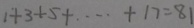
1 + 3 + 5 + \cdots + 1 7 = 8 1